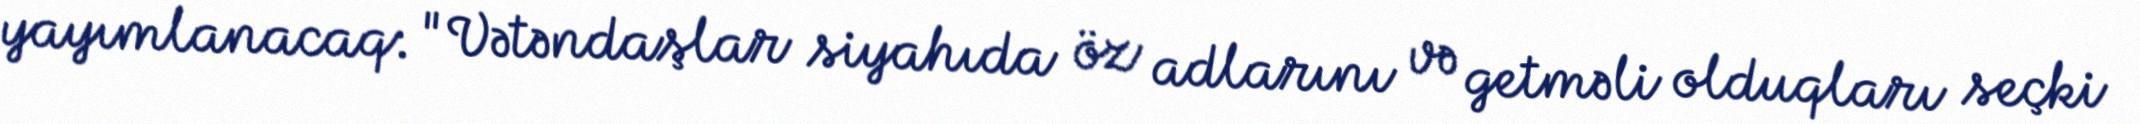
yayımlanacaq: "Vətəndaşlar siyahıda öz adlarını və getməli olduqları seçki